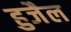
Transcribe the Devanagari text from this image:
हुजैल